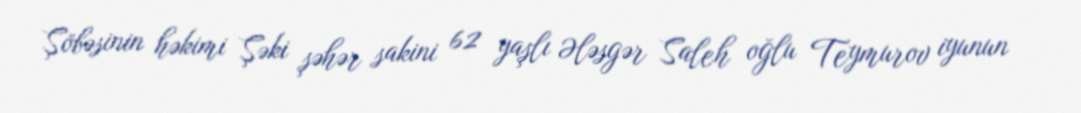
Şöbəsinin həkimi Şəki şəhər sakini 62 yaşlı Ələsgər Saleh oğlu Teymurov iyunun